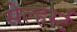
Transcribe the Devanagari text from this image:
सेल्हर्स्ट